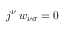
j ^ { \nu } \, w _ { \nu \sigma } = 0